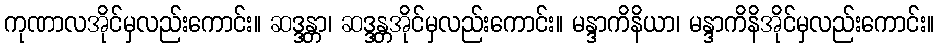
ကုဏာလအိုင်မှလည်းကောင်း။ ဆဒ္ဒန္တာ၊ ဆဒ္ဒန္တအိုင်မှလည်းကောင်း။ မန္ဒာကိနိယာ၊ မန္ဒာကိနိအိုင်မှလည်းကောင်း။